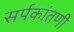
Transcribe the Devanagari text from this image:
सर्पकांतणी